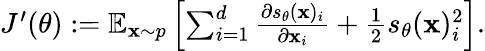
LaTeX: \begin{array}{r}{J^{\prime}(\theta):=\mathbb{E}_{\mathbf{x}\sim p}\left[\sum_{i=1}^{d}\frac{\partial s_{\theta}(\mathbf{x})_{i}}{\partial\mathbf{x}_{i}}+\frac{1}{2}s_{\theta}(\mathbf{x})_{i}^{2}\right].}\end{array}